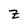
Character: Z